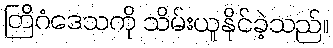
တြိဂံဒေသကို သိမ်းယူနိုင်ခဲ့သည်။